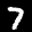
Label: 7